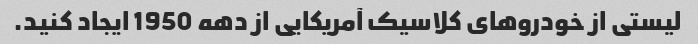
لیستی از خودروهای کلاسیک آمریکایی از دهه 1950 ایجاد کنید.